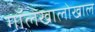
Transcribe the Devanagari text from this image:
गॉलखालोखाल